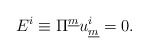
\begin{align*}E^i \equiv \Pi^{\underline{m}} u^i_{\underline{m}} = 0.\end{align*}